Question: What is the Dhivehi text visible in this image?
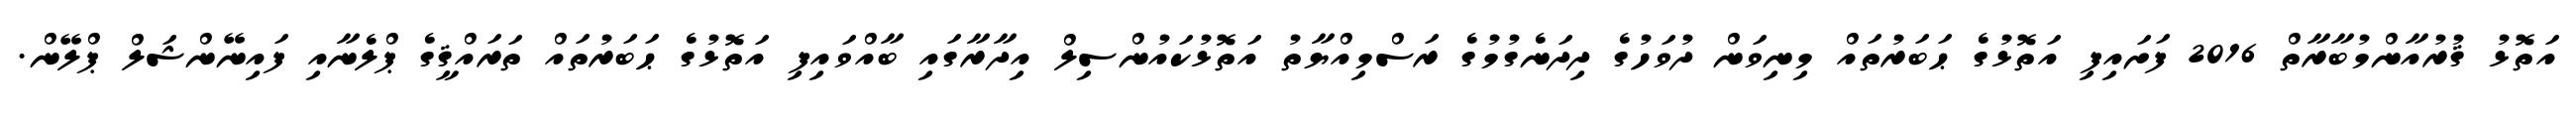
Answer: އަތޮޅު ޤުރުއާންމުބާރާތް 2016 ފަށައިފި އަތޮޅުގެ ޙަބަރުތައް މިނިވަން ދުވަހުގެ ދިދަނެގުމުގެ ރަސްމިއްޔާތު އަތޮޅުކައުންސިލް އިދާރާގައި ބާއްވައިފި އަތޮޅުގެ ޙަބަރުތައް ތަރައްޤީގެ ޕްލެނާއި ފައިނޭންޝަލް ޕްލޭން.